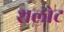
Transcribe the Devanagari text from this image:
शलोट